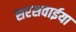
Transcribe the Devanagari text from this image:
सरसवाईया